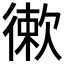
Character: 𢕡